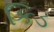
કિડ